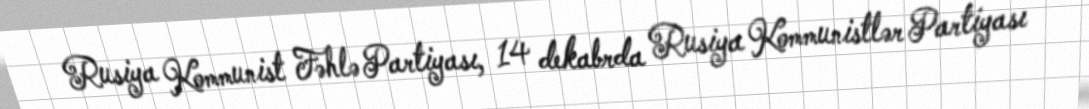
Rusiya Kommunist Fəhlə Partiyası, 14 dekabrda Rusiya Kommunistlər Partiyası